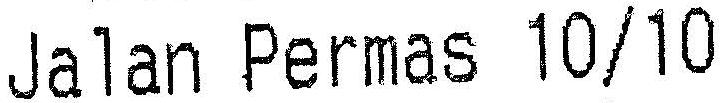
JALAN PERMAS 10/10